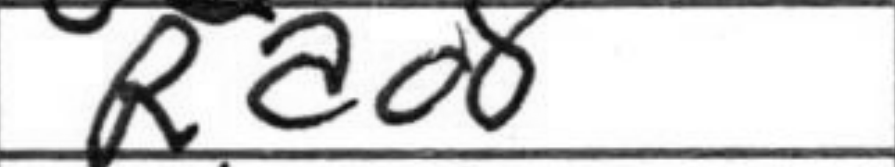
Transcription: Rad8